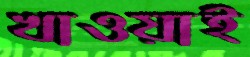
খাওয়াই